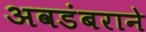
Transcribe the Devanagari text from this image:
अवडंबराने